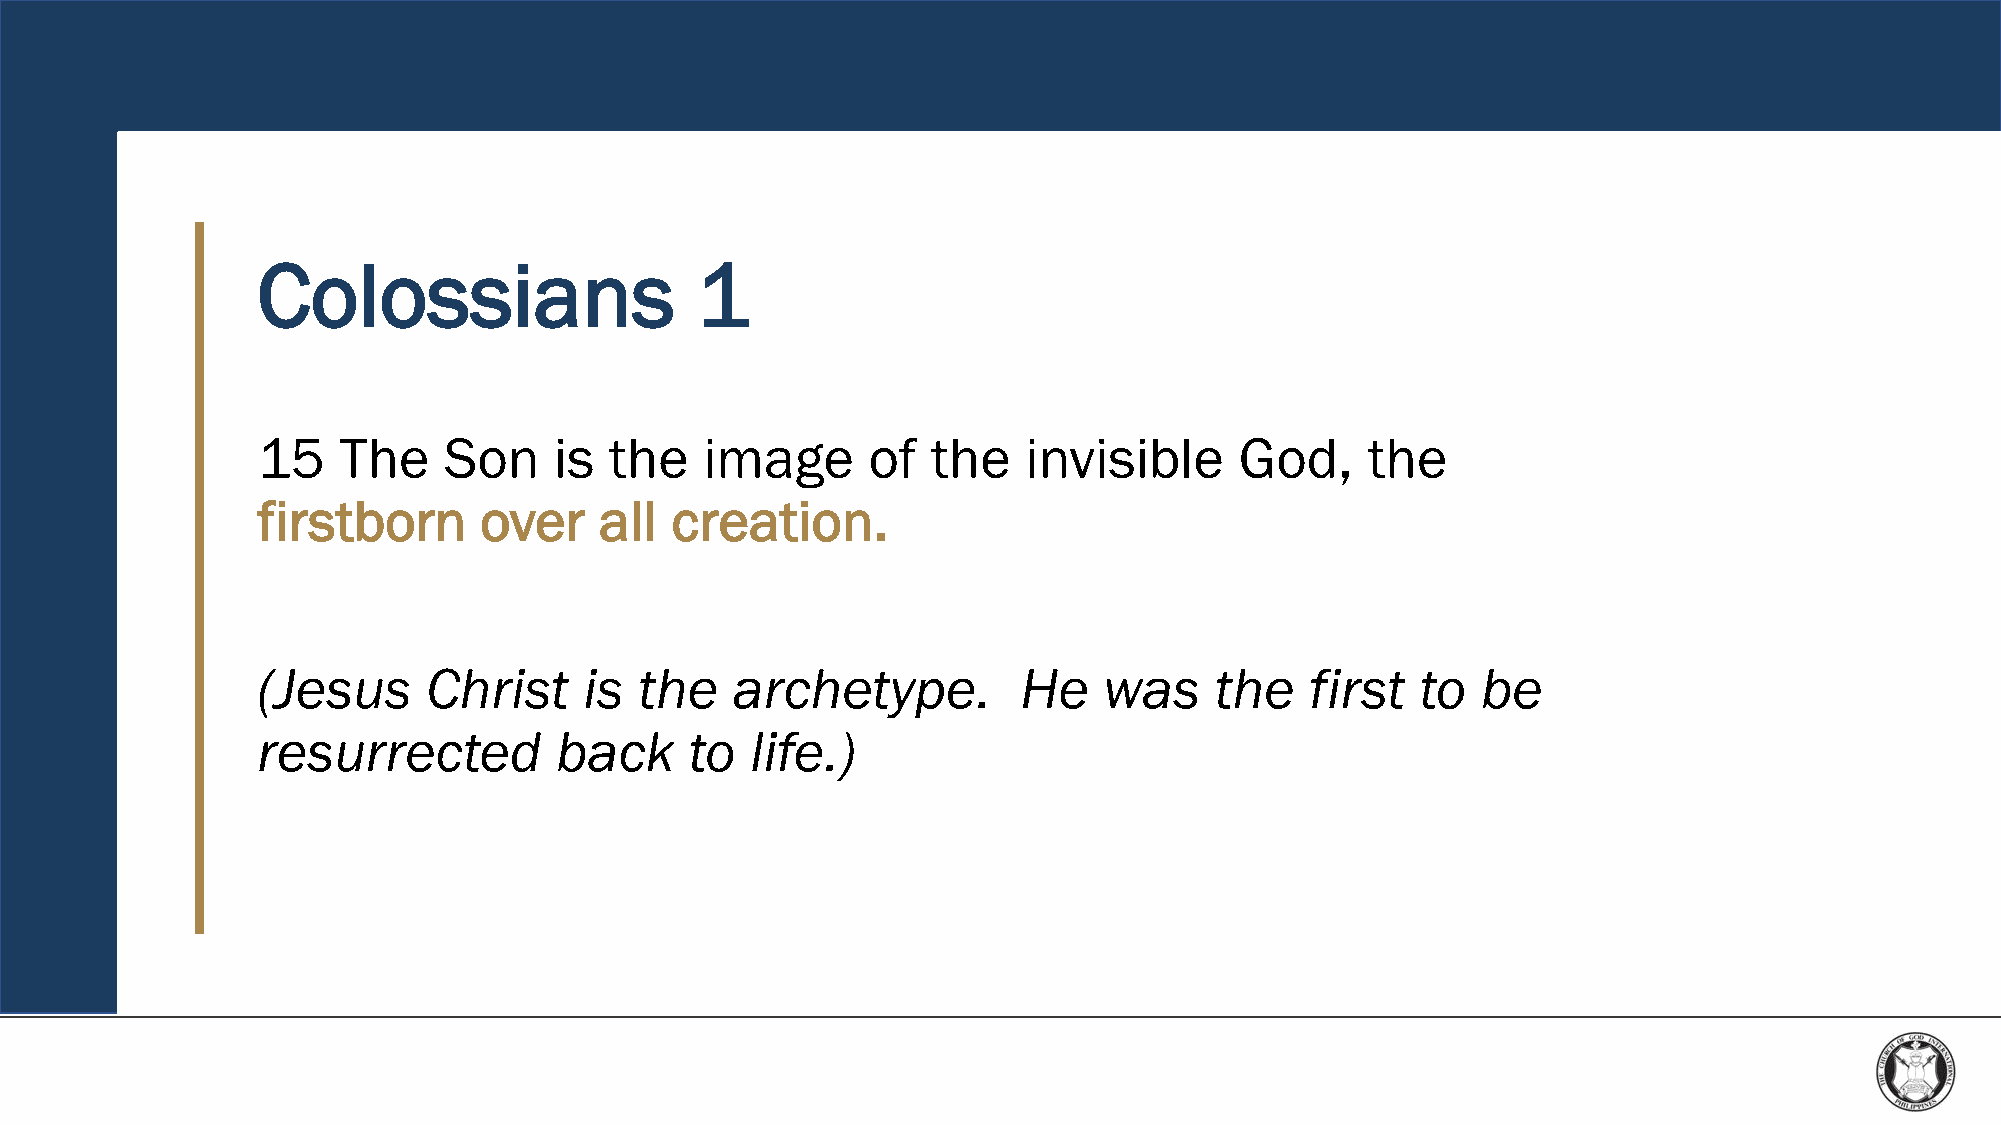
Colossians                   1
 15   The    Son     is the    image     of   the   invisible     God,    the
 firstborn      over    all creation.
 (Jesus     Christ     is the   archetype.          He   was    the    first  to  be
 resurrected         back     to  life.)